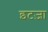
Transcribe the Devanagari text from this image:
इटज़ा